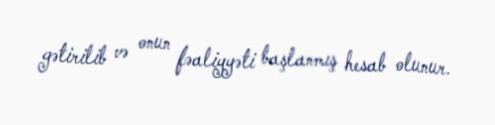
gətirilib və onun fəaliyyəti başlanmış hesab olunur.